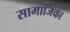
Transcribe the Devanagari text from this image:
सामाजिका